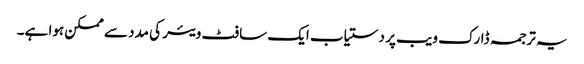
یہ ترجمہ ڈارک ویب پر دستیاب ایک سافٹ ویئر کی مدد سے ممکن ہوا ہے۔